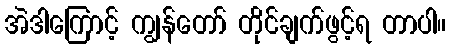
အဲဒါကြောင့် ကျွန်တော် တိုင်ချက်ဖွင့်ရ တာပါ။